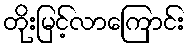
တိုးမြင့်လာကြောင်း